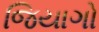
જિયાગો